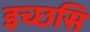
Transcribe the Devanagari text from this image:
इच्छसि